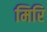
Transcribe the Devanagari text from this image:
मिरि